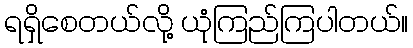
ရရှိစေတယ်လို့ ယုံကြည်ကြပါတယ်။